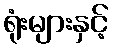
ရုံးများနှင့်